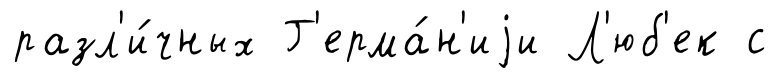
разл'и́чных Г'ерма́н'иjи Л'юб'ек с